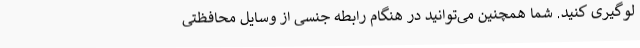
لوگیری کنید. شما همچنین می‌توانید در هنگام رابطه جنسی از وسایل محافظتی